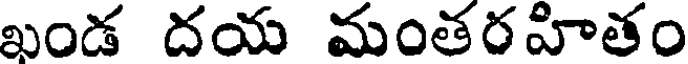
ఖండ దయ మంతరహితం